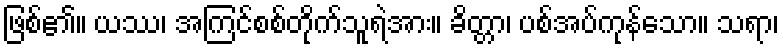
ဖြစ်၏။ ယဿ၊ အကြင်စစ်တိုက်သူရဲအား။ ခိတ္တာ၊ ပစ်အပ်ကုန်သော။ သရာ၊